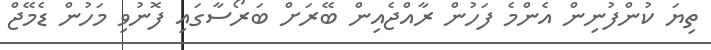
ތިޔަ ކުންފުނިން އެންމެ ފަހުން ރާއްޖެއިން ބޭރަށް ބަރޯސާގައި ފޮނުވި މަހުން ޑެމޭޖް